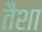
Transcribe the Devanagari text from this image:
तैशा